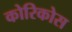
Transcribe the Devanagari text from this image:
कोरिकोस